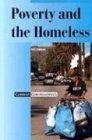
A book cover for Poverty and the Homeless  (Current Controversies); Teen & Young Adult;